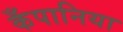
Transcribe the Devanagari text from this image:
कँपानिया